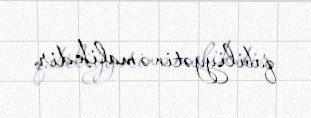
qabiliyyətinə malikdir.